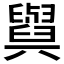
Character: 𦦲